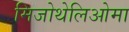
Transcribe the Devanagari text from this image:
मिजोथेलिओमा